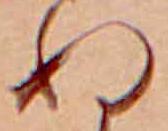
ぬ